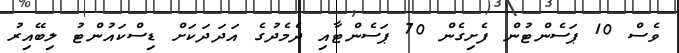
ވެސް 10 ޕަސެންޓުން ފެށިގެން 70 ޕަސެންޓާއި ދެމެދުގެ އަދަދަކަށް ޑިސްކައުންޓު ލިބޭއިރު